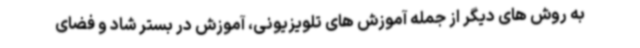
به روش های دیگر از جمله آموزش های تلویزیونی، آموزش در بستر شاد و فضای